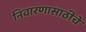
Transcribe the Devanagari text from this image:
निवारणासाठीचे